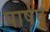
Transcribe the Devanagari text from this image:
पार्षद्